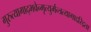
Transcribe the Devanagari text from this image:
गुरुत्यागाद्भवेन्मृत्युर्मन्त्रत्यागाद्दरिद्रता